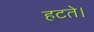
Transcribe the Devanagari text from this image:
हटते।